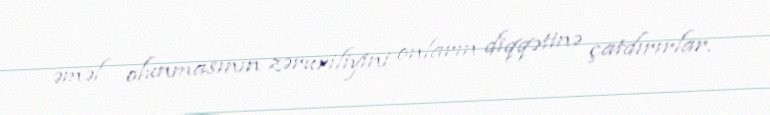
əməl olunmasının zəruriliyini onların diqqətinə çatdırırlar.